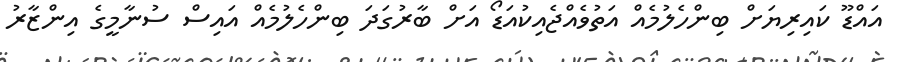
އައްޑޫ ކައިރިޔަށް ބިންހެލުމެއް އަތުވެއްޖެއިކުއަޑޯ އަށް ބާރުގަދަ ބިންހެލުމެއް އައިސް ސުނާމީގެ އިންޒާރު